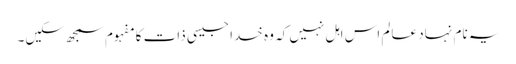
یہ نام نہاد عالم اس اہل نہیں کہ وہ خدا جیسی ذات کا مفہوم سمجھ سکیں۔